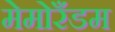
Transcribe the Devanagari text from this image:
मेमोरँडम